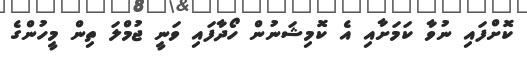
ކޮށްފައި ނުވާ ކަމަށާއި އެ ކޮމިޝަނުން ހޯދާފައި ވަނީ ޖުމްލަ ތިން މީހުންގެ